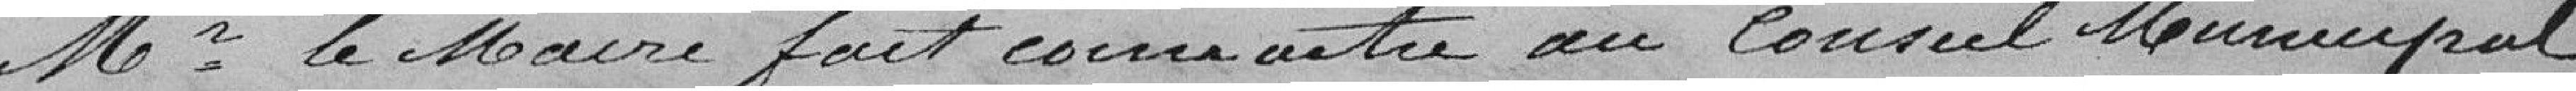
Monsieur le Maire fait connaître au Conseil Municipal